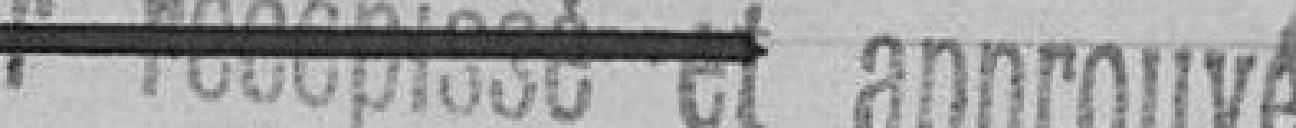
Vu pour récépissé et approuvé